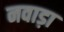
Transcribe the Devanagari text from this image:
नवाड़ा